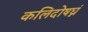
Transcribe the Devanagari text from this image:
कलिदोषघ्नं